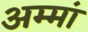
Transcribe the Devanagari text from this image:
अम्मां